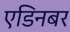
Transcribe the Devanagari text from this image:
एडिनबर